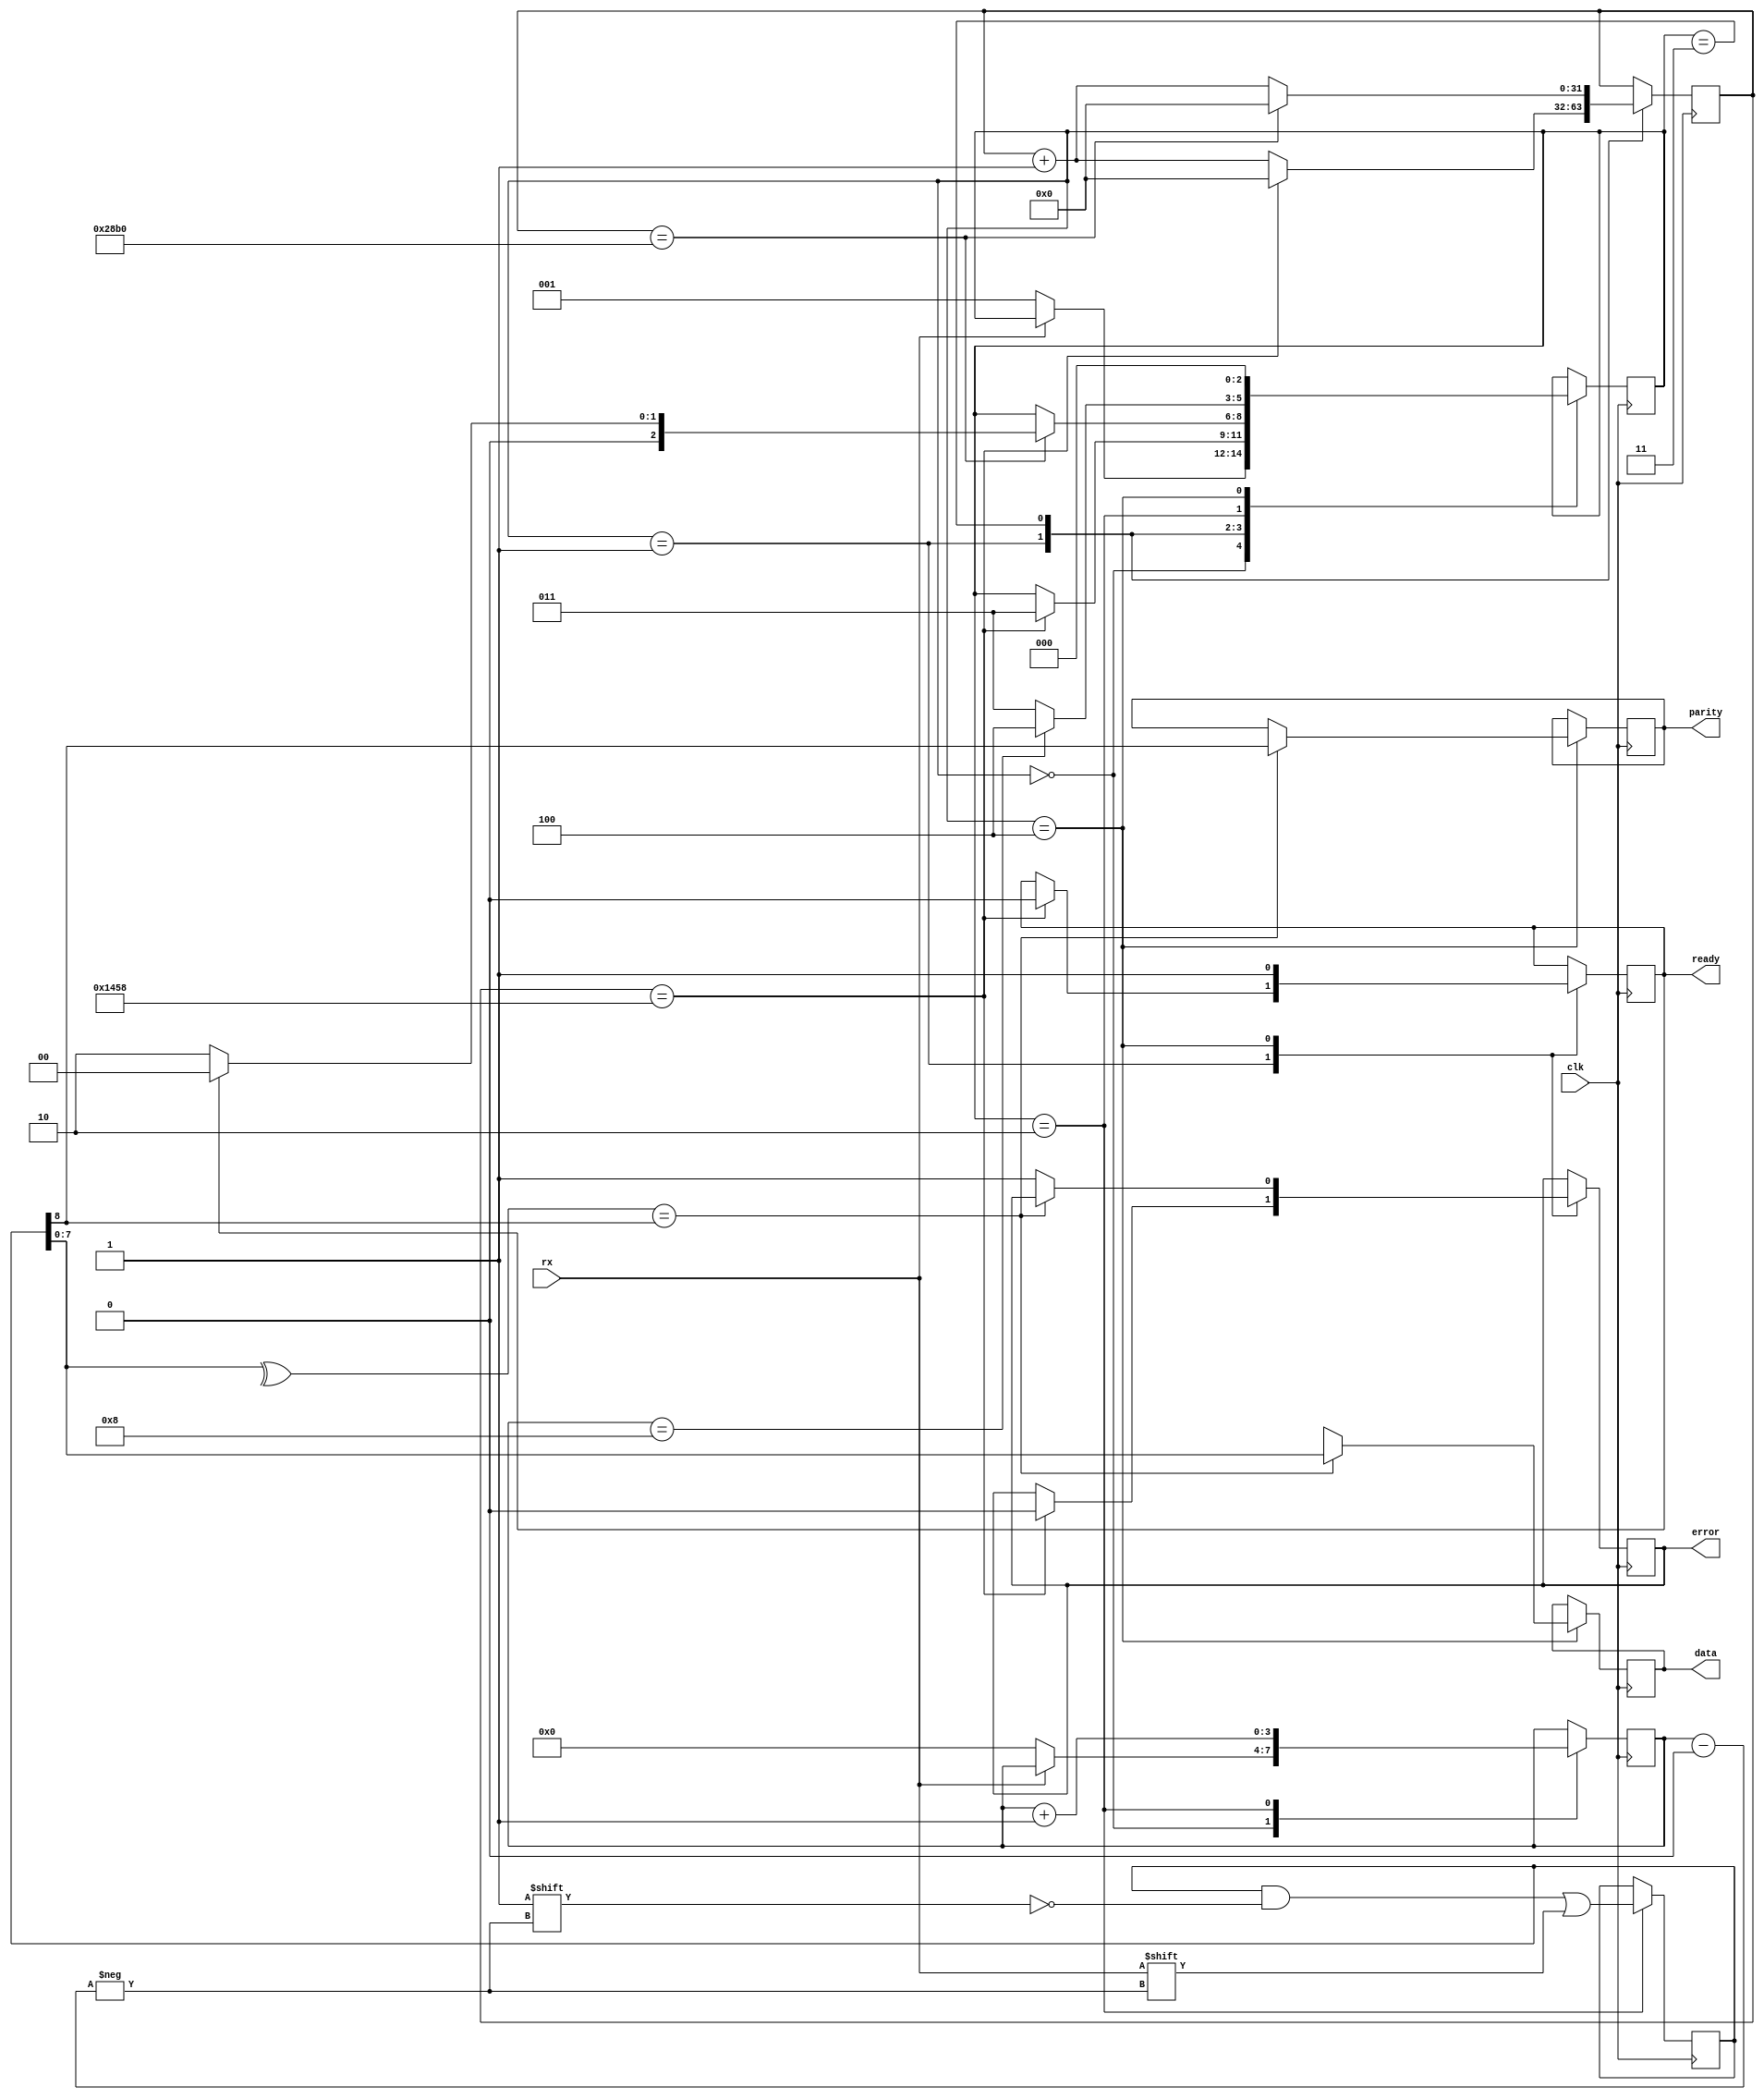
module UART_rx_ctrl(clk,rx,data,parity,ready,error);
input clk,rx;
output reg [7:0] data; 
output reg parity;
output reg ready=0; 
output reg error=0;
parameter baud=9600;
localparam RDY=3'b000,START=3'b001,RECEIVE=3'b010,WAIT=3'b011,CHECK=3'b100; 
reg [2:0] state = RDY;
localparam [31:0] baud_timer = 100000000/baud;
reg [31:0] timer = 32'b0; 
reg [3:0] bitIndex = 3'b0; 
reg [8:0] rxdata;

always @ (posedge clk)
case (state)
RDY:
if (rx == 1'b0)
begin
state <= START;
bitIndex <= 3'b0;
end
START:
if (timer == baud_timer/2)
begin
state <= WAIT; 
timer <= 14'b0; 
error <= 1'b0;
ready <= 1'b0; 
end
else timer <= timer + 1'b1;
WAIT:
if (timer == baud_timer)
begin
timer <= 14'b0;
if (ready) state <= RDY;
else state <= RECEIVE;
end
else timer <= timer + 1'b1;
RECEIVE:
begin
rxdata[bitIndex] <= rx;
bitIndex <= bitIndex + 1'b1;
if (bitIndex == 4'd8) state <= CHECK; 
else state <= WAIT;
end
CHECK:
if (^rxdata[7:0] == rxdata[8])
begin
ready <= 1'b1;
state <= RDY;// this can be WAIT as well 
data <= rxdata[7:0];
parity <= rxdata[8];
end
else
begin
ready <= 1'b1; 
data[7:0] <= 8'bx;
error <= 1'b1;
state <= RDY;
 end
endcase
endmodule